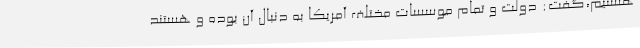
هستیم،‌گفت: دولت و تمام موسسات مختلف آمریکا به دنبال آن بوده و هستند